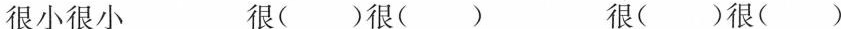
很小很小 很( )很( ) 很( )很( )